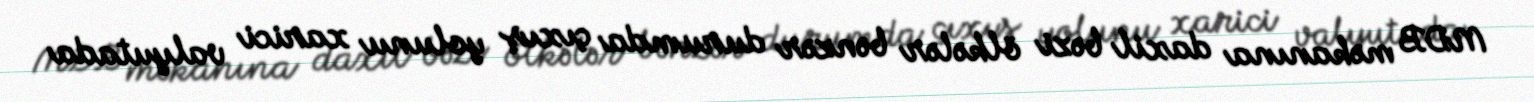
MDB məkanına daxil bəzi ölkələr bənzər durumda çıxış yolunu xarici valyutada